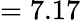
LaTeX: =7.17